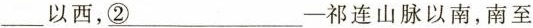
___以西，②___一祁连山脉以南，南至